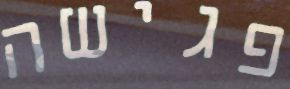
פגישה